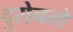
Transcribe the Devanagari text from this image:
दुरोनतो